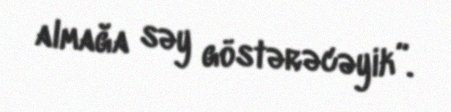
almağa səy göstərəcəyik”.